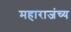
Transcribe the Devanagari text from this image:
महाराजंच्य